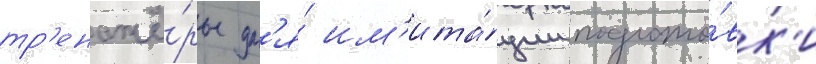
тр'енажё́ры дл'я́ им'ита́ции подгото́вк'и